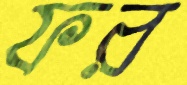
ফর